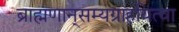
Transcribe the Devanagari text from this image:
ब्राह्मणान्‌सम्यग्राहयित्वा